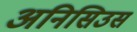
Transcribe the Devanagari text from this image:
अनिसिउस